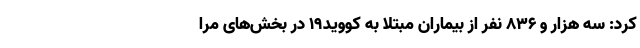
کرد: سه هزار و ۸۳۶ نفر از بیماران مبتلا به کووید۱۹ در بخش‌های مرا